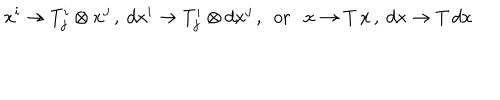
x ^ { i } \rightarrow T _ { j } ^ { i } \otimes x ^ { j } \, , \ d x ^ { i } \rightarrow T _ { j } ^ { i } \otimes d x ^ { j } \, , \ \ \mathrm { o r } \ \ \ x \rightarrow T \, x \, , \ d x \rightarrow T \, d x